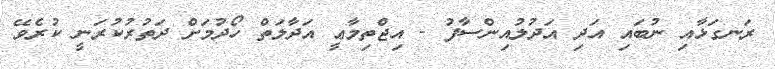
ރަނގަޅާއި ނުބައި އަދި އަދުލުއިންސާފު - އިޖްތިމާޢީ އަދާލަތް ހޯދުމަށް ދަތުރުކުރަނީ ކުރެވޭ